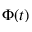
\Phi ( t )